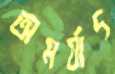
অমর্যাদ